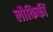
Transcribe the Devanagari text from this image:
लौकिकीं